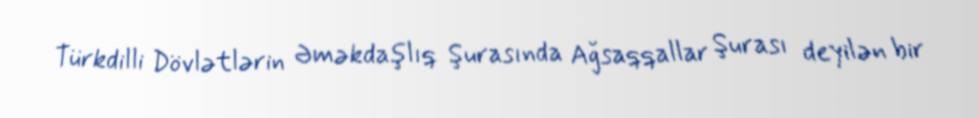
Türkdilli Dövlətlərin Əməkdaşlıq Şurasında Ağsaqqallar Şurası deyilən bir